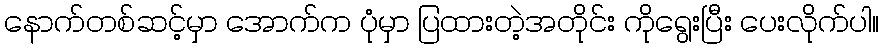
နောက်တစ်ဆင့်မှာ အောက်က ပုံမှာ ပြထားတဲ့အတိုင်း ကိုရွေးပြီး ပေးလိုက်ပါ။